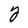
Character: Y